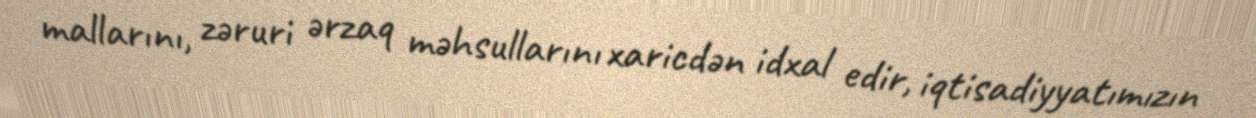
mallarını, zəruri ərzaq məhsullarını xaricdən idxal edir, iqtisadiyyatımızın